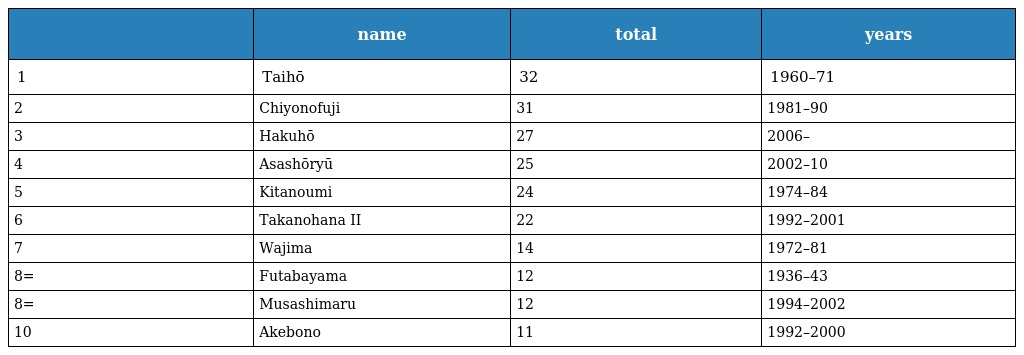
|  | name | total | years |
 | --- | --- | --- | --- |
 | 1 | Taihō | 32 | 1960–71 |
 | 2 | Chiyonofuji | 31 | 1981–90 |
 | 3 | Hakuhō | 27 | 2006– |
 | 4 | Asashōryū | 25 | 2002–10 |
 | 5 | Kitanoumi | 24 | 1974–84 |
 | 6 | Takanohana II | 22 | 1992–2001 |
 | 7 | Wajima | 14 | 1972–81 |
 | 8= | Futabayama | 12 | 1936–43 |
 | 8= | Musashimaru | 12 | 1994–2002 |
 | 10 | Akebono | 11 | 1992–2000 |